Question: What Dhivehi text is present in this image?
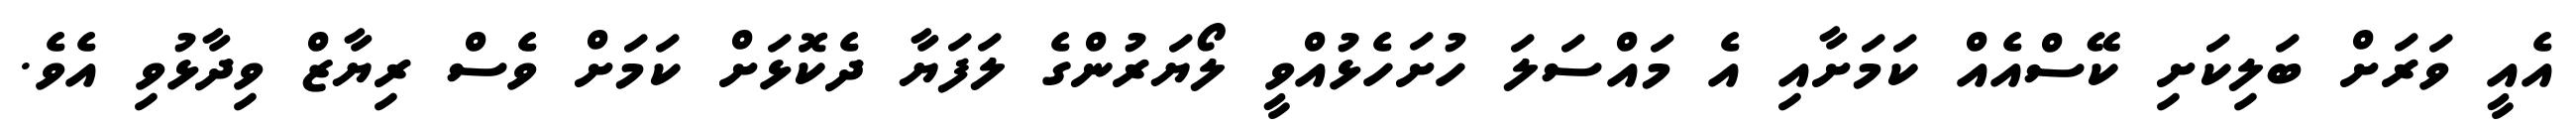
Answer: އެއީ ވަރަށް ބަލިކަށި ކޭސްއެއް ކަމަށާއި އެ މައްސަލަ ހުށަހެޅުއްވީ ލޯޔަރުންގެ ލަފަޔާ ދެކޮޅަށް ކަމަށް ވެސް ރިޔާޒް ވިދާޅުވި އެވެ.